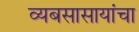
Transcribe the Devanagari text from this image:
व्यबसासायांचा